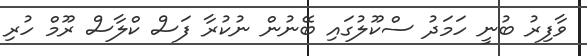
ވާފިރު ބުނީ ހަމަދު ސްކޫލުގައި ބޭނުން ނުކުރާ ފަސް ކްލާސް ރޫމް ހުރި